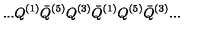
. . . Q ^ { ( 1 ) } { \bar { Q } } ^ { ( 5 ) } Q ^ { ( 3 ) } { \bar { Q } } ^ { ( 1 ) } Q ^ { ( 5 ) } { \bar { Q } } ^ { ( 3 ) } . . .